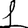
Digit: 1